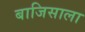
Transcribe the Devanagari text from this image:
बाजिसाला